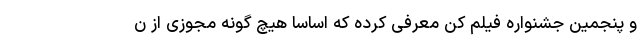
و پنجمین جشنواره فیلم کن معرفی کرده که اساساً هیچ گونه مجوزی از ن